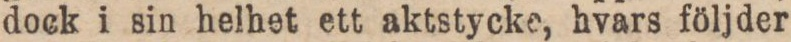
dock i sin helhet ett aktstycke, hvars följder